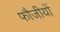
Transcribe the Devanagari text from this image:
फौजीयों